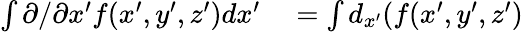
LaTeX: \begin{array}{rl}{\int\partial/\partial x^{\prime}f(x^{\prime},y^{\prime},z^{\prime})dx^{\prime}}&{{}=\int d_{x^{\prime}}(f(x^{\prime},y^{\prime},z^{\prime})}\end{array}